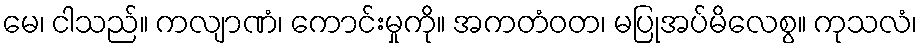
မေ၊ ငါသည်။ ကလျာဏံ၊ ကောင်းမှုကို။ အကတံဝတ၊ မပြုအပ်မိလေစွ။ ကုသလံ၊